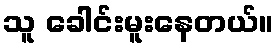
သူ ခေါင်းမူးနေတယ်။